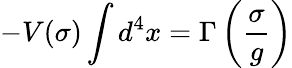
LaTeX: -V(\sigma)\int d^{4}x=\Gamma\left(\frac{\sigma}{g}\right)